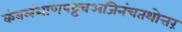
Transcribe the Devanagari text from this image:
कंबलंशाणपट्टंचअजिनंचतथोत्तरं